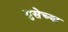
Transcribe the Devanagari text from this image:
ग्रुसेच्या